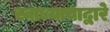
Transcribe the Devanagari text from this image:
स्वाध्यायाद्वारे